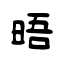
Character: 晤